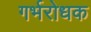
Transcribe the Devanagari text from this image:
गर्भरोधक